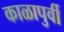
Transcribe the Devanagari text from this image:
काळापुर्वी